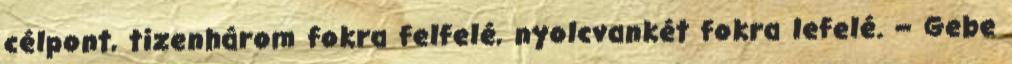
célpont, tizenhárom fokra felfelé, nyolcvankét fokra lefelé. – Gebe